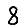
Digit: 8